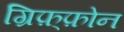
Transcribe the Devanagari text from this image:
ग्रिफ़्फ़ोन